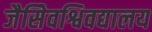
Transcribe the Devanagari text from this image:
जैसेिवश्विवद्यालय